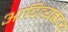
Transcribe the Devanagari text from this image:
आदित्यह्रदय